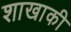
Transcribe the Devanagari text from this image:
शाखाकी